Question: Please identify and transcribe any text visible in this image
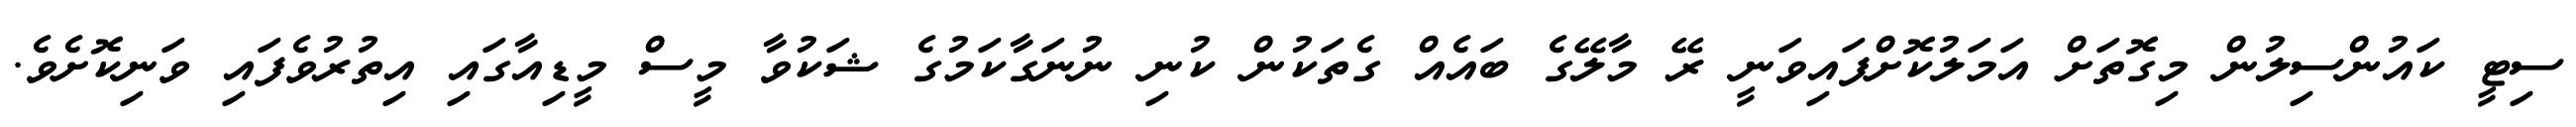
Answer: ސިޓީ ކައުންސިލުން މިގޮތަށް އަމަލުކޮށްފައިވަނީ ރޭ މާލޭގެ ބައެއް ގެތަކުން ކުނި ނުނަގާކަމުގެ ޝަކުވާ މީސް މީޑިއާގައި އިތުރުވެފައި ވަނިކޮށެވެ.